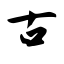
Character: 古